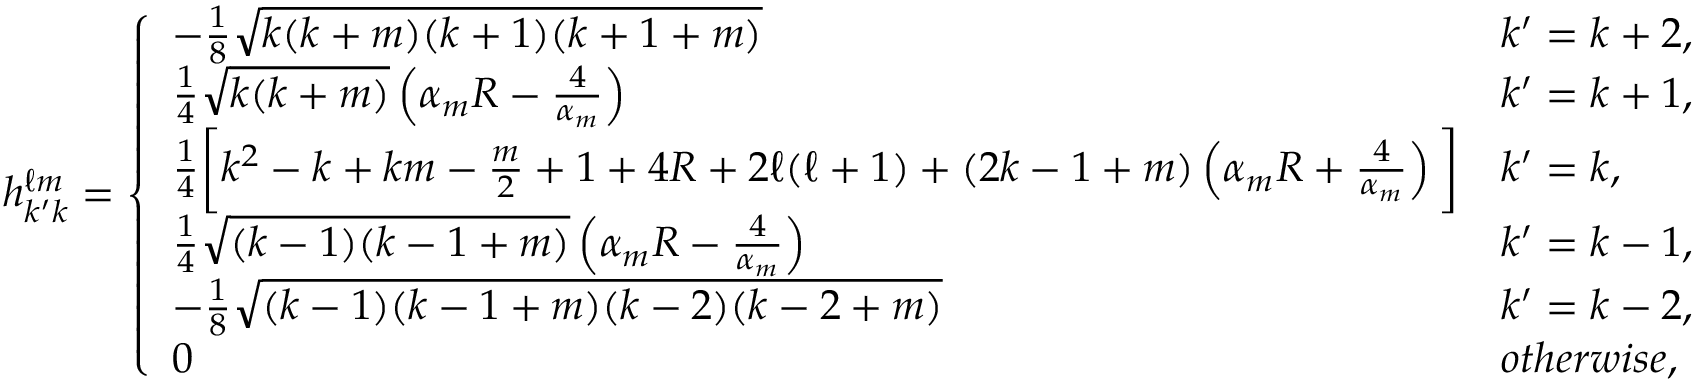
h _ { k ^ { \prime } k } ^ { \ell m } = \left\{ \begin{array} { l l } { - \frac { 1 } { 8 } \sqrt { k ( k + m ) ( k + 1 ) ( k + 1 + m ) } } & { k ^ { \prime } = k + 2 , } \\ { \frac { 1 } { 4 } \sqrt { k ( k + m ) } \left( \alpha _ { m } R - \frac { 4 } { \alpha _ { m } } \right) } & { k ^ { \prime } = k + 1 , } \\ { \frac { 1 } { 4 } \bigg [ k ^ { 2 } - k + k m - \frac { m } { 2 } + 1 + 4 R + 2 \ell ( \ell + 1 ) + ( 2 k - 1 + m ) \left( \alpha _ { m } R + \frac { 4 } { \alpha _ { m } } \right) \bigg ] } & { k ^ { \prime } = k , } \\ { \frac { 1 } { 4 } \sqrt { ( k - 1 ) ( k - 1 + m ) } \left( \alpha _ { m } R - \frac { 4 } { \alpha _ { m } } \right) } & { k ^ { \prime } = k - 1 , } \\ { - \frac { 1 } { 8 } \sqrt { ( k - 1 ) ( k - 1 + m ) ( k - 2 ) ( k - 2 + m ) } } & { k ^ { \prime } = k - 2 , } \\ { 0 } & { o t h e r w i s e , } \end{array} \right.